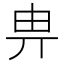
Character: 畁